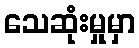
သေဆုံးမှုမှာ